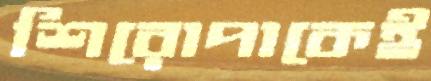
শিরোপাকেই